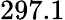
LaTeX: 297.1